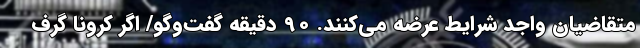
متقاضیان واجد شرایط عرضه می‌کنند. 90 دقیقه گفت‌وگو/ اگر کرونا گرف